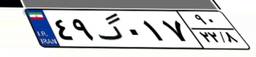
۴۹گ۰۱۷۹۰